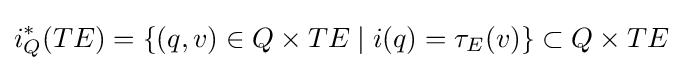
i_{Q}^{\ast }(TE)=\{(q,v)\in Q\times TE\mid i(q)=\tau _{E}(v)\}\subset Q\times TE